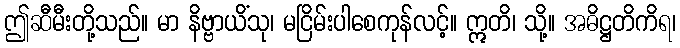
ဤဆီမီးတို့သည်။ မာ နိဗ္ဗာယိံသု၊ မငြိမ်းပါစေကုန်လင့်။ ဣတိ၊ သို့။ အဓိဋ္ဌတိကိရ၊